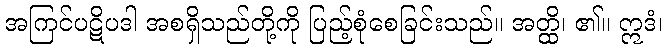
အကြင်ပဋိပဒါ အစရှိသည်တို့ကို ပြည့်စုံစေခြင်းသည်။ အတ္ထိ၊ ၏။ ဣဒံ၊